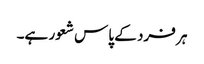
ہر فرد کے پاس شعور ہے۔